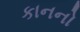
કાનનો